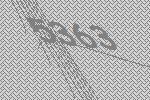
5363